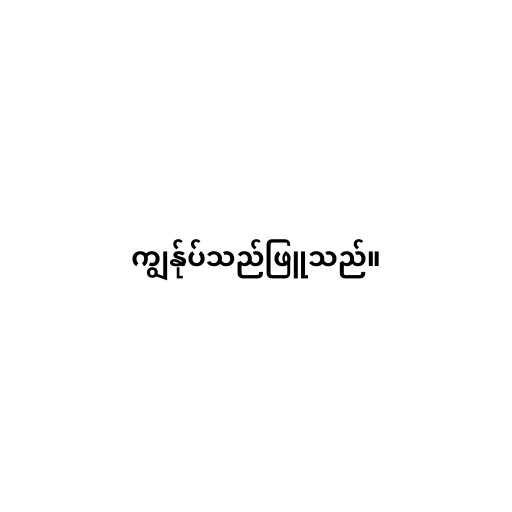
ကျွန်ုပ်သည်ဖြူသည်။